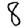
Digit: 8